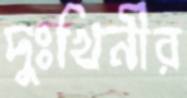
দুঃখিনীর